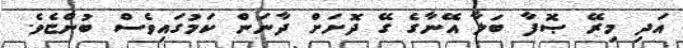
އަދި މިރޭ ޞޮފާ ބަލާ އޭނާގެ ގޭ ދޮށަށް ދާނަން ކަމުގައިވެސް ބުންޏެވެ.